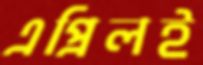
এপ্রিলই